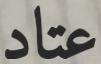
عتاد